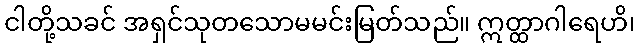
ငါတို့သခင် အရှင်သုတသောမမင်းမြတ်သည်။ ဣတ္ထာဂါရေဟိ၊